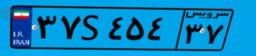
۳۷S۴۵۴۳۷